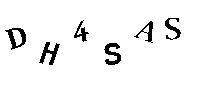
DH4SAS